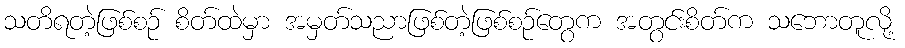
သတိရတဲ့ဖြစ်စဉ် စိတ်ထဲမှာ အမှတ်သညာဖြစ်တဲ့ဖြစ်စဉ်တွေက အတွင်းစိတ်က သဘောတူလို့